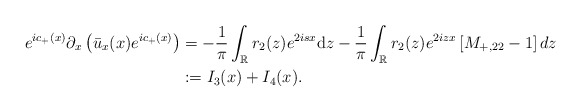
\begin{align*}e^{ic_+(x)} \partial_{x}\left(\bar{u}_x(x) e^{ic_+(x)}\right)&=-\frac{1}{\pi} \int_{\mathbb{R}} r_2(z) e^{2isx}\mathrm{d} z-\frac{1}{\pi} \int_{\mathbb{R}} r_2(z) e^{2 iz x}\left[M_{+,22} -1\right] dz\\&:=I_3(x)+I_4(x).\end{align*}